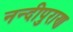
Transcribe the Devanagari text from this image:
नन्दीपुराण